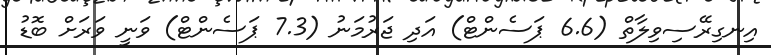
އިނގިރޭސިވިލާތް (6.6 ޕަސެންޓް) އަދި ޖަރުމަނު (7.3 ޕަސެންޓް) ވަނީ ވަރަށް ބޮޑު